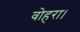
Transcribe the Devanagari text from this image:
वोहरा।